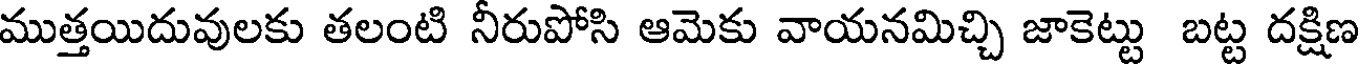
ముత్తయిదువులకు తలంటి నీరుపోసి ఆమెకు వాయనమిచ్చి జాకెట్టు బట్ట దక్షిణ